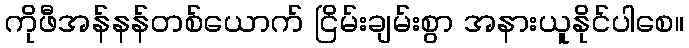
ကိုဖီအန်နန်တစ်ယောက် ငြိမ်းချမ်းစွာ အနားယူနိုင်ပါစေ။